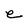
Character: e